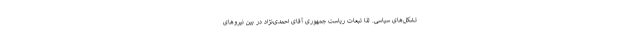
تشکل‌های سیاسی. لذا تبعات ریاست جمهوری آقای احمدی‌نژاد در بین نیروهای